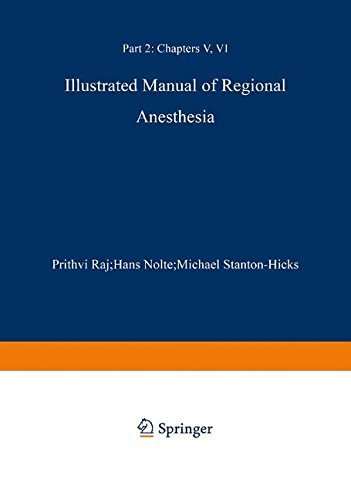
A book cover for Illustrated Manual of Regional Anesthesia: Part 2: Transparencies 29-42; P. Prithri Raj; Medical Books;